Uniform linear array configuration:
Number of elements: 32
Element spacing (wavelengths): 1
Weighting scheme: cosine
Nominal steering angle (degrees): -60
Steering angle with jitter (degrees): -61.019
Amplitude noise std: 0.05
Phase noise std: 0.05

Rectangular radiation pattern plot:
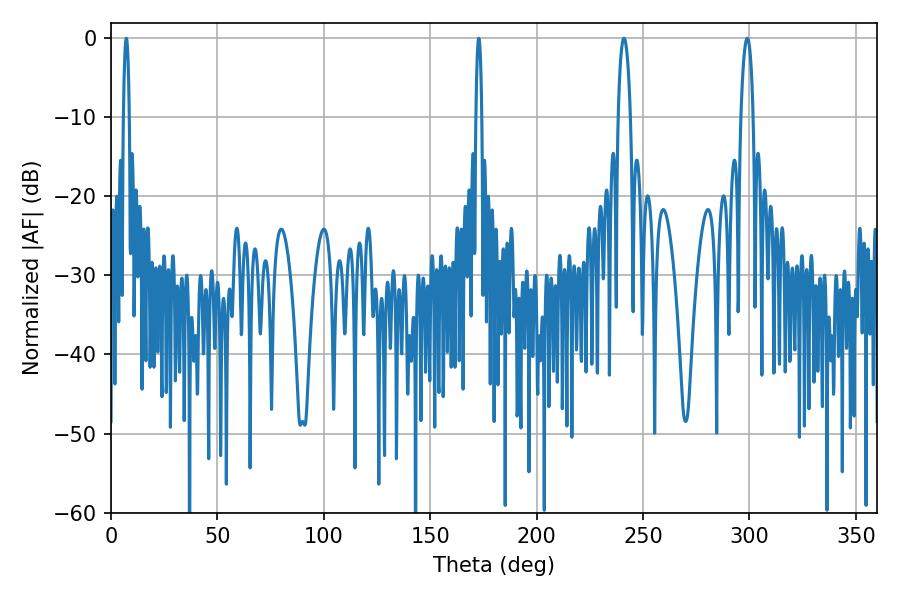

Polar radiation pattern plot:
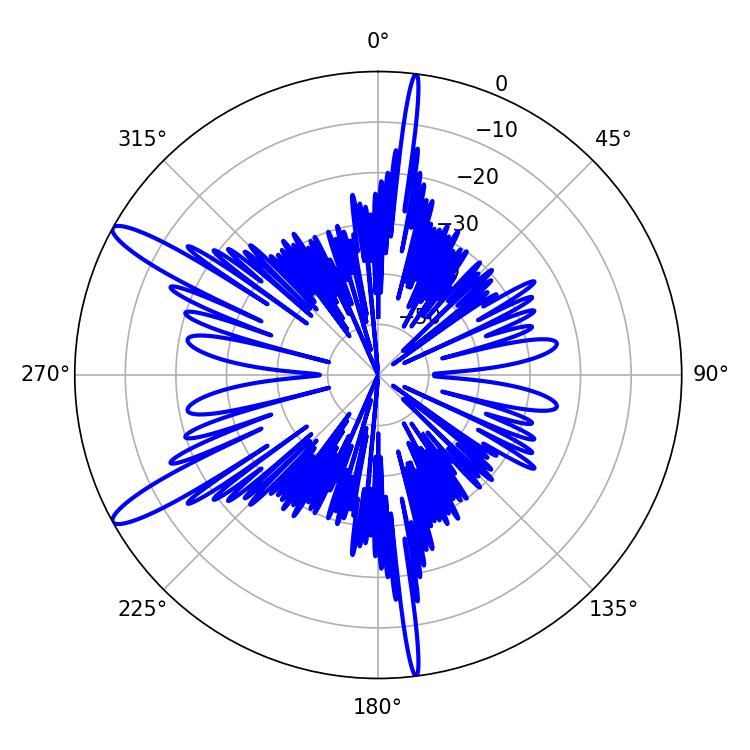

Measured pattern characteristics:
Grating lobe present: TRUE
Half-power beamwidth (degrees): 3.24
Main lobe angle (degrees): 241.02